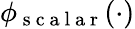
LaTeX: \phi_{\mathrm{~s~c~a~l~a~r~}}(\cdot)